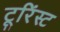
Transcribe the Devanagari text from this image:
टूरिंस्ट